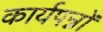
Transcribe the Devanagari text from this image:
कार्यपन्नों